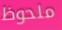
ملحوظ